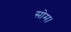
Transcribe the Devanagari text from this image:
सोम।